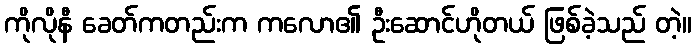
ကိုလိုနီ ခေတ်ကတည်းက ကလော၏ ဦးဆောင်ဟိုတယ် ဖြစ်ခဲ့သည် တဲ့။